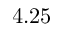
4 . 2 5